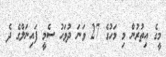
މީގެ އިތުރުން މި މަހުގެ 27 ވަނަ ދުވަހު ސެމީ ފައިނަލްގެ ދެ